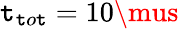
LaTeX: \mathtt{t}_{\mathtt{t}o\mathtt{t}}=10\mus